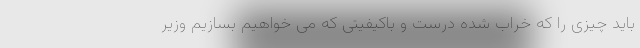
باید چیزی را که خراب شده درست و باکیفیتی که می خواهیم بسازیم وزیر